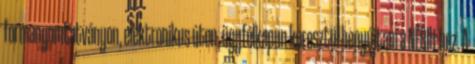
formanyomtatványon, elektronikus úton, ügyfélkapun keresztül benyújtani a NÉBIH-hez. A